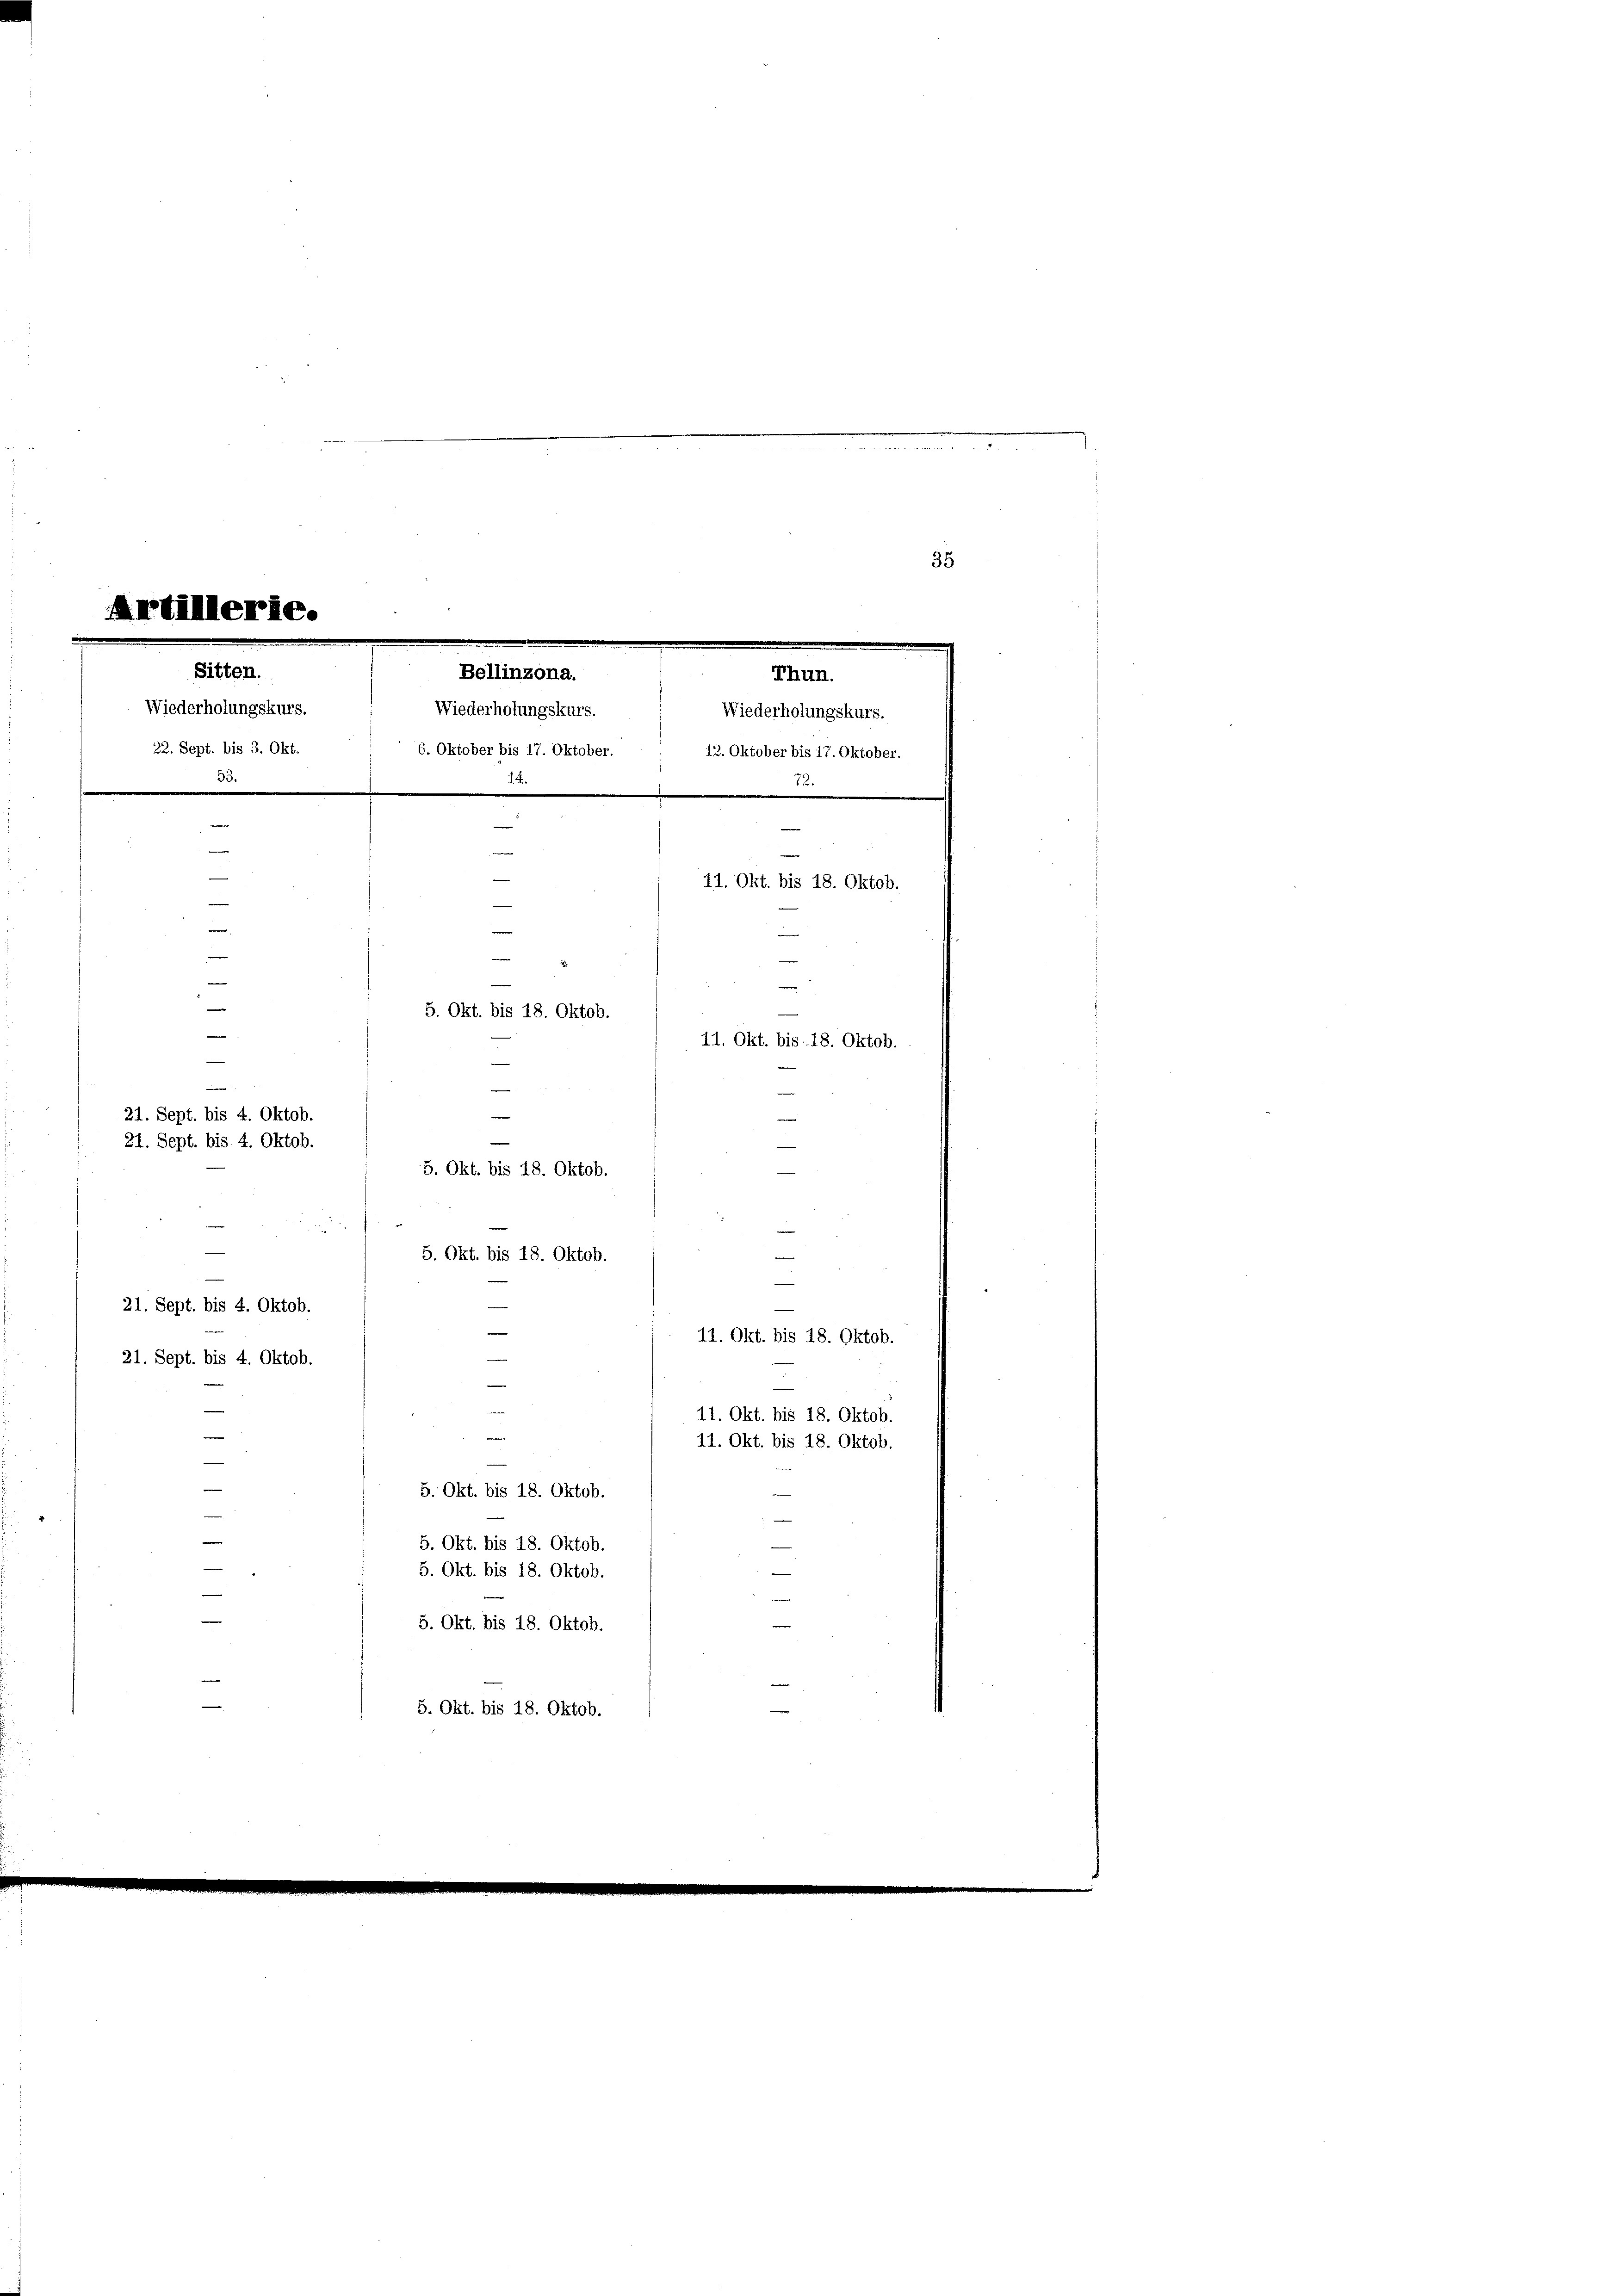
Artillerie.

.
35
.
Thun.
Wiederholungskurs.
12. Oktober bis 17. Oktober.
53.
13.
.
|
11. Okt. bis 18. Oktob.
e
.

5. Okt. bis 18. Oktob.
11. Okt. bis 18. Oktob.
—
21. Sept. bis 4. Oktob.
—
21. Sept. bis 4. Oktob.
5. Okt. bis 18. Oktob.

Sitten.
Bellinzona.
Wiederholungskurs.
Wiederholungskurs.
.
22. Sept. bis 3. Okt.
6. Oktober bis 17. Oktober.

5. Okt. bis 18. Oktob.

e
21. Sept. bis 4. Oktob.
d

21. Sept. bis 4. Oktob.
—
¬
e
5. Okt. bis 18. Oktob.
—
5. Okt. bis 18. Oktob.
5. Okt. bis 18. Oktob.
5. Okt. bis 18. Oktob.
5. Okt. bis 18. Oktob.

eine

d
11. Okt. bis 18. Oktob.

11. Okt. bis 18. Oktob.
11. Okt. bis 18. Oktob.